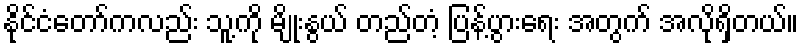
နိုင်ငံတော်ကလည်း သူ့ကို မျိုးနွယ် တည်တံ့ ပြန့်ပွားရေး အတွက် အလိုရှိတယ်။